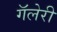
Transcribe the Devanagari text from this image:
गॅलेरी